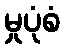
မှုပုံစံ